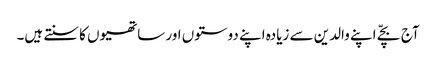
آج بچّے اپنے والدین سے زیادہ اپنے دوستوں اور ساتھیوں کا سنتے ہیں۔